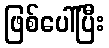
ဖြစ်ပေါ်ပြီး